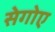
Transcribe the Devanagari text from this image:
सेगोए